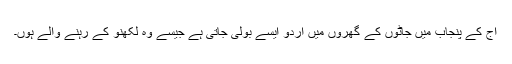
آج کے پنجاب میں جاٹوں کے گھروں میں اردو ایسے بولی جاتی ہے جیسے وہ لکھنؤ کے رہنے والے ہوں۔